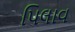
પિલાવ